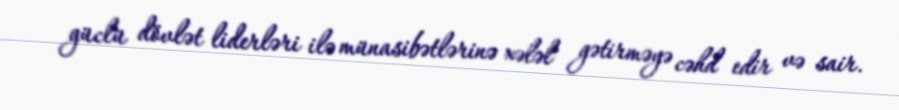
güclü dövlət liderləri ilə münasibətlərinə xələl gətirməyə cəhd edir və sair.